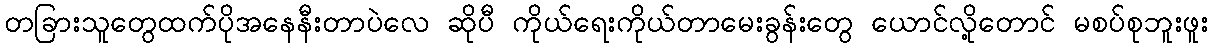
တခြားသူတွေထက်ပိုအနေနီးတာပဲလေ ဆိုပီ ကိုယ်ရေးကိုယ်တာမေးခွန်းတွေ ယောင်လို့တောင် မစပ်စုဘူးဖူး